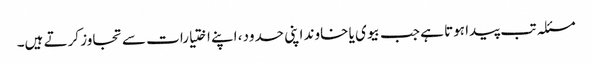
مسئلہ تب پیدا ہوتا ہے جب بیوی یا خاوند اپنی حدود، اپنے اختیارات سے تجاوز کرتے ہیں۔